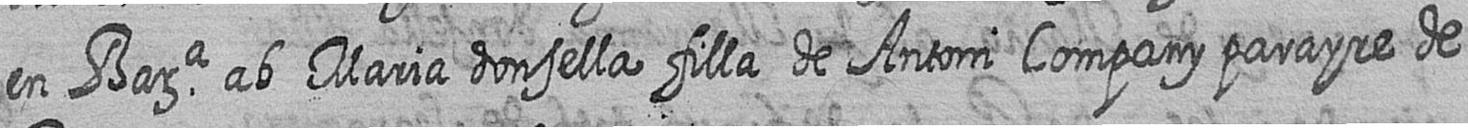
en Bara ab Maria donsella filla de Antoni Company parayre de